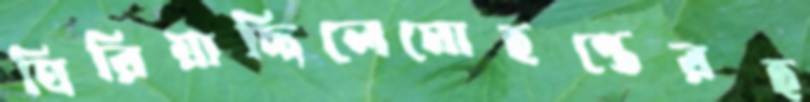
ঘিরিয়াছিলেমোহন্তেরহ